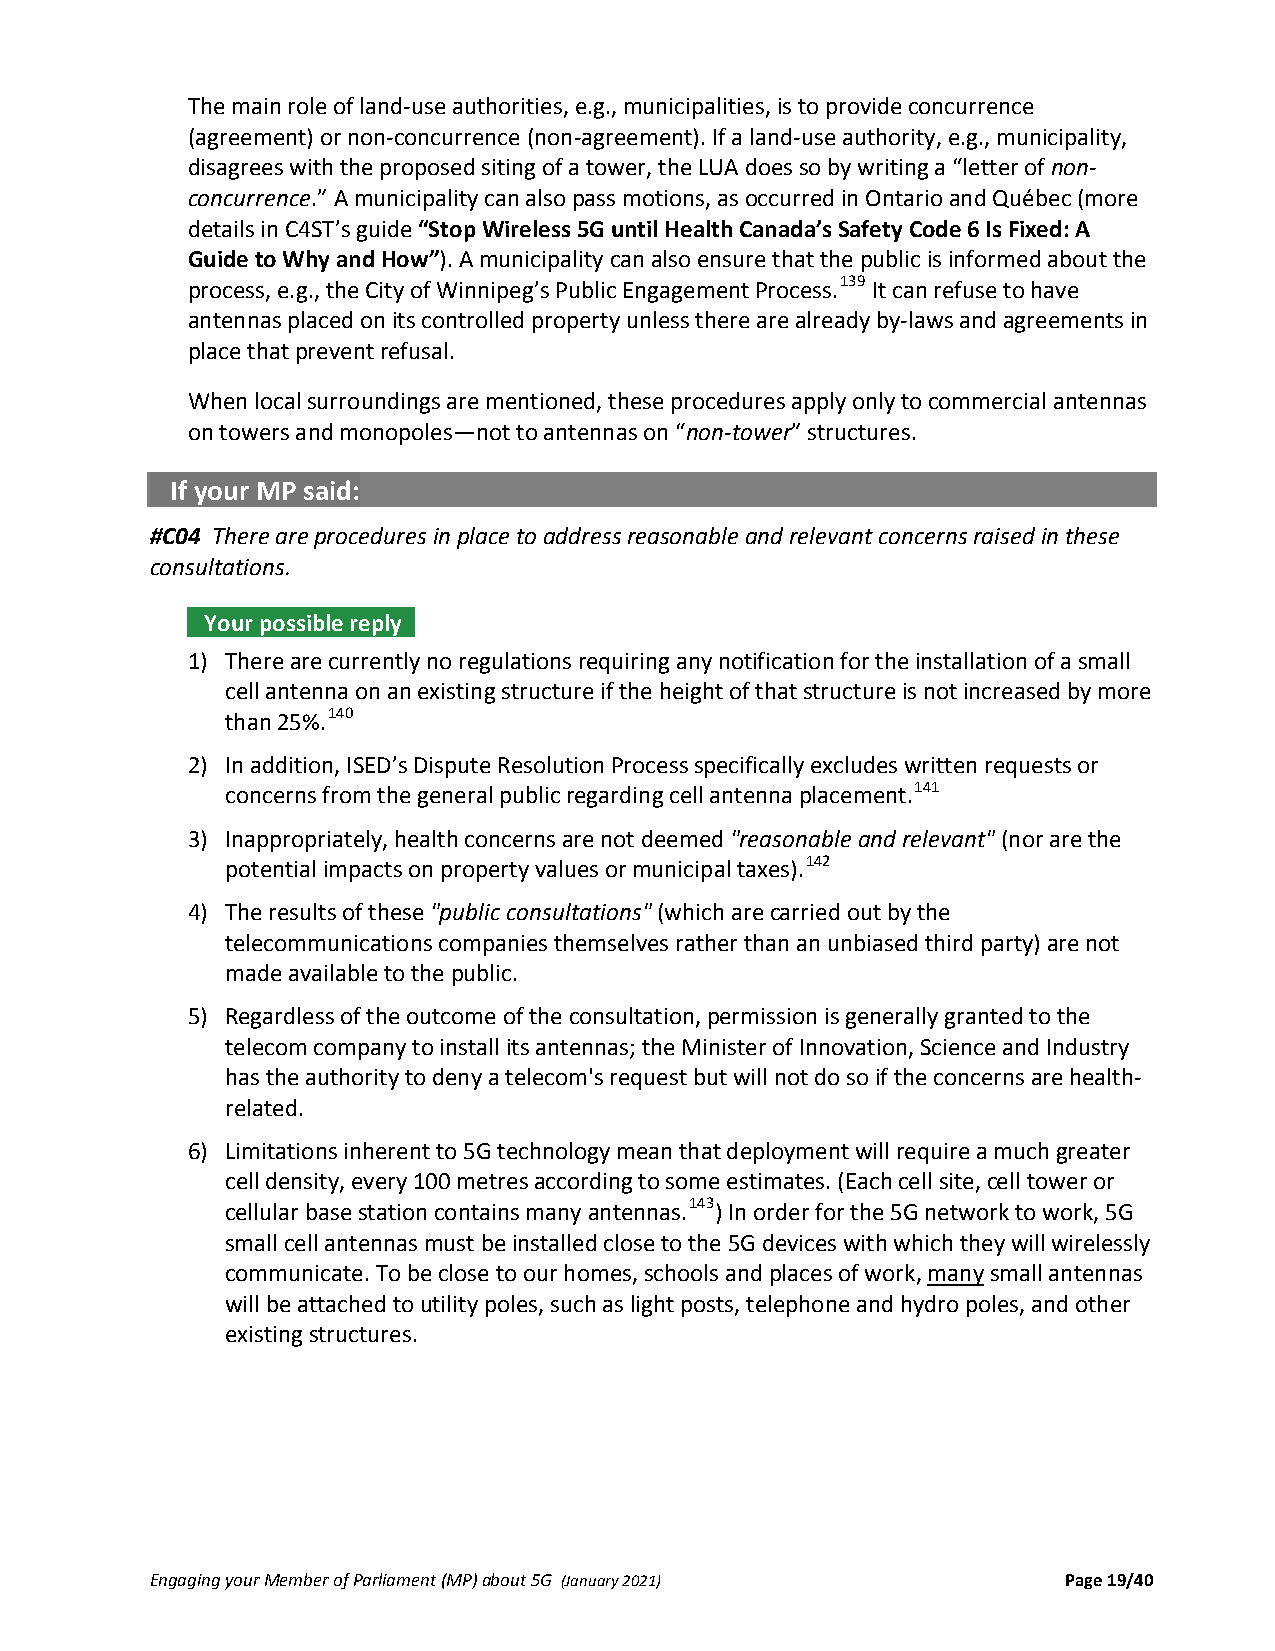
The main role of land‐use authorities, e.g., municipalities, is to provide concurrence
 (agreement) or non‐concurrence (non‐agreement). If a land‐use authority, e.g., municipality,
 disagrees with the proposed siting of a tower, the LUA does so by writing a “letter of non‐
 concurrence.” A municipality can also pass motions, as occurred in Ontario and Québec (more
 details in C4ST’s guide “Stop Wireless 5G until Health Canada’s Safety Code 6 Is Fixed: A
 Guide to Why and How”). A municipality can also ensure that the public is informed about the
 process, e.g., the City of Winnipeg’s Public Engagement Process.139 It can refuse to have
 antennas placed on its controlled property unless there are already by‐laws and agreements in
 place that prevent refusal.
 When local surroundings are mentioned, these procedures apply only to commercial antennas
 on towers and monopoles—not to antennas on “non‐tower” structures.
 If your MP said:
 #C04 There are procedures in place to address reasonable and relevant concerns raised in these
 consultations.
 Your possible reply .
 1) There are currently no regulations requiring any notification for the installation of a small
 cell antenna on an existing structure if the height of that structure is not increased by more
 than 25%.140
 2) In addition, ISED’s Dispute Resolution Process specifically excludes written requests or
 concerns from the general public regarding cell antenna placement.141
 3) Inappropriately, health concerns are not deemed "reasonable and relevant" (nor are the
 potential impacts on property values or municipal taxes).142
 4) The results of these "public consultations" (which are carried out by the
 telecommunications companies themselves rather than an unbiased third party) are not
 made available to the public.
 5) Regardless of the outcome of the consultation, permission is generally granted to the
 telecom company to install its antennas; the Minister of Innovation, Science and Industry
 has the authority to deny a telecom's request but will not do so if the concerns are health‐
 related.
 6) Limitations inherent to 5G technology mean that deployment will require a much greater
 cell density, every 100 metres according to some estimates. (Each cell site, cell tower or
 cellular base station contains many antennas.143) In order for the 5G network to work, 5G
 small cell antennas must be installed close to the 5G devices with which they will wirelessly
 communicate. To be close to our homes, schools and places of work, many small antennas
 will be attached to utility poles, such as light posts, telephone and hydro poles, and other
 existing structures.
 Engaging your Member of Parliament (MP) about 5G (January 2021) Page 19/40